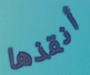
أنقذها